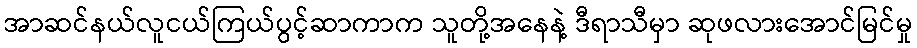
အာဆင်နယ်လူငယ်ကြယ်ပွင့်ဆာကာက သူတို့အနေနဲ့ ဒီရာသီမှာ ဆုဖလားအောင်မြင်မှု